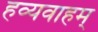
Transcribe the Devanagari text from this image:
हव्यवाहम्